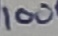
Text: 100